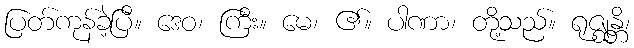
ပြတ်ကုန်ခဲ့ပြီ။ ဒေဝ၊ ကြီး။ မေ၊ ၏။ ပါဏာ၊ တို့သည်။ ရုဇ္ဈန္တိ၊